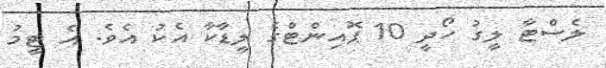
ލެސްޓާ ލީގު ހޯދީ 10 ޕޮއިންޓްގެ ލީޑާކާ އެކު އެވެ. އެ ޓީމު